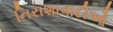
નિરાશાવાદીઓ